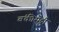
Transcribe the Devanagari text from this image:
बंकीसेट्टी